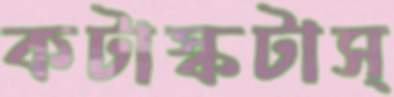
কটাস্‌কটাস্‌